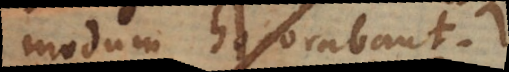
modum honorabant.